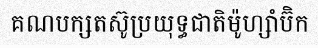
គណបក្សតស៊ូប្រយុទ្ធជាតិម៉ូហ្សាំប៊ិក